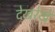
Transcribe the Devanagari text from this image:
देखरेखे